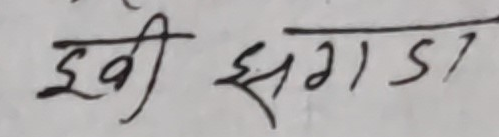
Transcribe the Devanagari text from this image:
झी झगड़ा